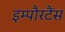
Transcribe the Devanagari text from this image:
इम्पौरटैंस